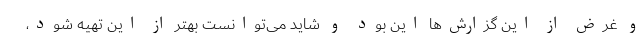
و غرض از این گزارش‌ها این بود و شاید می‌توانست بهتر از این تهیه شود،